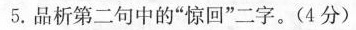
5.品析第二句中的”惊回”二字。(4分)